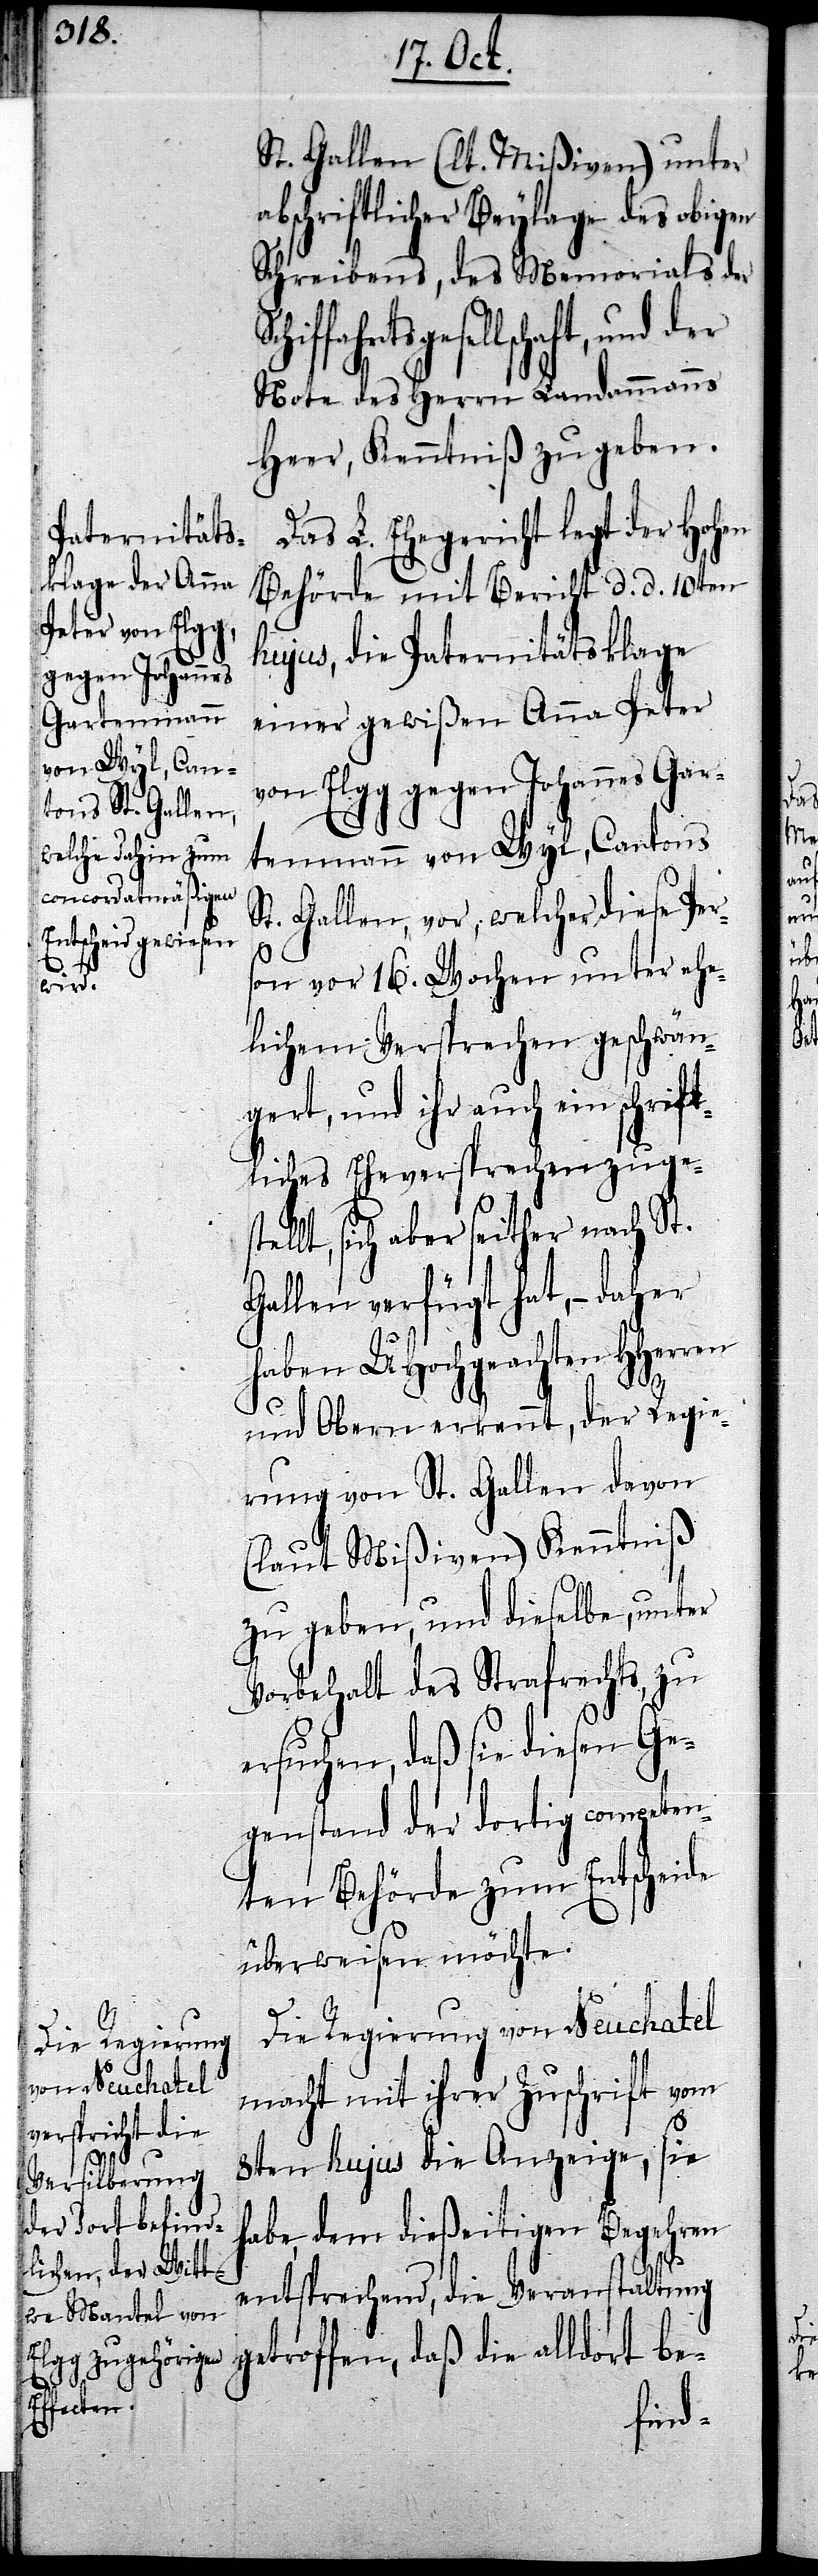
rift¬
st¬

St. Gallen (lt. Mißiven) unter
abschriftlicher Beylage des obigen
Schreibens, des Memorials der
Note des Herrn Landammanns
Heer, Kenntniß zu geben.
Das L. Ehegericht legt der Hohen
Behörde mit Bericht d. d. 10ten
hujus, die Paternitätsklage
einer gewißen Anna Peter
von Elgg gegen Johannes Gar¬
tenmann von Wyl, Cantons
St. Gallen, vor, welcher diese Pers¬
on vor 16. Wochen unter ehe¬
lichem Versprechen geschwän¬
gert, und ihr auch ein
liches Eheversprechen zuge¬
ellt, sich aber seither nach St.
Gallen verfügt hat, – daher
haben UHochgeachten HHerren
und Obern erkennt, der Regie¬
rung von St. Gallen davon
(laut Mißiven) Kenntniß
zu geben, und dieselbe, unter
Vorbehalt des Strafrechts, zu
ersuchen, daß sie diesen Ge¬
genstand der dortig competen¬
ten Behörde zum Entscheide
überweisen möchte.
sch¬
Die Regierung von Neuchatel
macht mit ihrer Zuschrift vom
8ten hujus die Anzeige, sie
habe, dem dießeitigen Begehren
entsprechend, die Veranstaltung
getroffen, daß die alldort be-